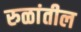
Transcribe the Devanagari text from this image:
रुळांतील